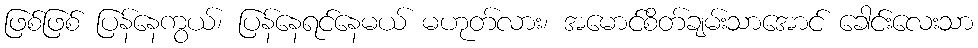
ဖြစ်ဖြစ် ပြန်နေကွယ်၊ ပြန်နေရင်နေမယ် မဟုတ်လား၊ အမောင်စိတ်ချမ်းသာအောင် ခေါင်းလေးသာ